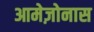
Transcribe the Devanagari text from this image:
आमेज़ोनास